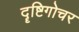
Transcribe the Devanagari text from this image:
दॄष्टिगोचर